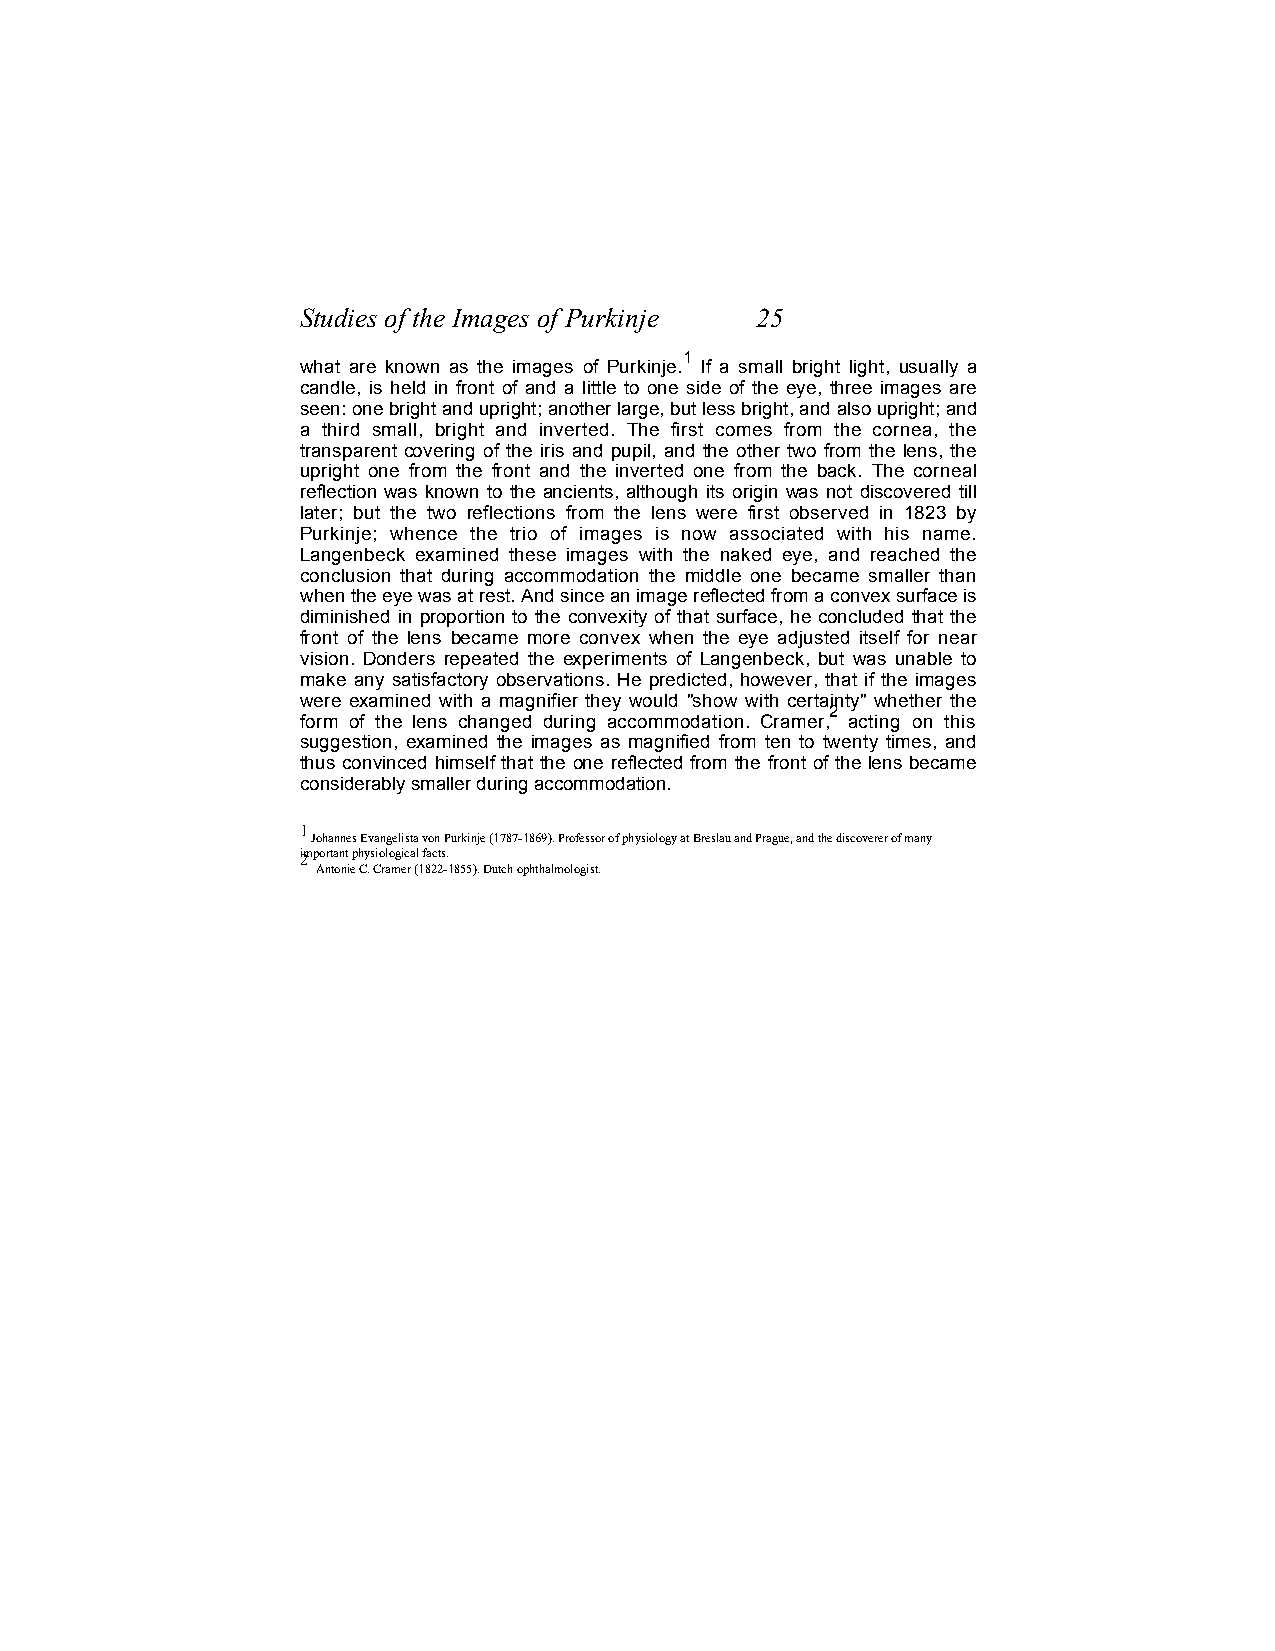
Studies of the Images of Purkinje 25
 .
 1
 what are known as the images of Purkinje. If a small bright light, usually a
 candle, is held in front of and a little to one side of the eye, three images are
 seen: one bright and upright; another large, but less bright, and also upright; and
 a third small, bright and inverted. The first comes from the cornea, the
 transparent covering of the iris and pupil, and the other two from the lens, the
 upright one from the front and the inverted one from the back. The corneal
 reflection was known to the ancients, although its origin was not discovered till
 later; but the two reflections from the lens were first observed in 1823 by
 Purkinje; whence the trio of images is now associated with his name.
 Langenbeck examined these images with the naked eye, and reached the
 conclusion that during accommodation the middle one became smaller than
 when the eye was at rest. And since an image reflected from a convex surface is
 diminished in proportion to the convexity of that surface, he concluded that the
 front of the lens became more convex when the eye adjusted itself for near
 vision. Donders repeated the experiments of Langenbeck, but was unable to
 make any satisfactory observations. He predicted, however, that if the images
 were examined with a magnifier they would "show with certainty" whether the
 2
 form of the lens changed during accommodation. Cramer, acting on this
 suggestion, examined the images as magnified from ten to twenty times, and
 thus convinced himself that the one reflected from the front of the lens became
 considerably smaller during accommodation.
 1
 Johannes Evangelista von Purkinje (1787-1869). Professor of physiology at Breslau and Prague, and the discoverer of many
 i2mportant physiological facts.
 Antonie C. Cramer (1822-1855). Dutch ophthalmologist.